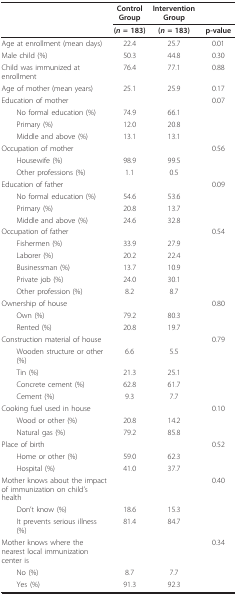
<table><thead><tr><td></td><td><b>Control Group</b></td><td><b>Intervention Group</b></td><td></td></tr><tr><td></td><td><b>(<i>n </i>= 183)</b></td><td><b>(<i>n </i>= 183)</b></td><td><b>p-value</b></td></tr></thead><tbody><tr><td>Age at enrollment (mean days)</td><td>22.4</td><td>25.7</td><td>0.01</td></tr><tr><td>Male child (%)</td><td>50.3</td><td>44.8</td><td>0.30</td></tr><tr><td>Child was immunized at enrollment</td><td>76.4</td><td>77.1</td><td>0.88</td></tr><tr><td>Age of mother (mean years)</td><td>25.1</td><td>25.9</td><td>0.17</td></tr><tr><td>Education of mother</td><td></td><td></td><td>0.07</td></tr><tr><td> No formal education (%)</td><td>74.9</td><td>66.1</td><td></td></tr><tr><td> Primary (%)</td><td>12.0</td><td>20.8</td><td></td></tr><tr><td> Middle and above (%)</td><td>13.1</td><td>13.1</td><td></td></tr><tr><td>Occupation of mother</td><td></td><td></td><td>0.56</td></tr><tr><td> Housewife (%)</td><td>98.9</td><td>99.5</td><td></td></tr><tr><td> Other professions (%)</td><td>1.1</td><td>0.5</td><td></td></tr><tr><td>Education of father</td><td></td><td></td><td>0.09</td></tr><tr><td> No formal education (%)</td><td>54.6</td><td>53.6</td><td></td></tr><tr><td> Primary (%)</td><td>20.8</td><td>13.7</td><td></td></tr><tr><td> Middle and above (%)</td><td>24.6</td><td>32.8</td><td></td></tr><tr><td>Occupation of father</td><td></td><td></td><td>0.54</td></tr><tr><td> Fishermen (%)</td><td>33.9</td><td>27.9</td><td></td></tr><tr><td> Laborer (%)</td><td>20.2</td><td>22.4</td><td></td></tr><tr><td> Businessman (%)</td><td>13.7</td><td>10.9</td><td></td></tr><tr><td> Private job (%)</td><td>24.0</td><td>30.1</td><td></td></tr><tr><td> Other profession (%)</td><td>8.2</td><td>8.7</td><td></td></tr><tr><td>Ownership of house</td><td></td><td></td><td>0.80</td></tr><tr><td> Own (%)</td><td>79.2</td><td>80.3</td><td></td></tr><tr><td> Rented (%)</td><td>20.8</td><td>19.7</td><td></td></tr><tr><td>Construction material of house</td><td></td><td></td><td>0.79</td></tr><tr><td> Wooden structure or other (%)</td><td>6.6</td><td>5.5</td><td></td></tr><tr><td> Tin (%)</td><td>21.3</td><td>25.1</td><td></td></tr><tr><td> Concrete cement (%)</td><td>62.8</td><td>61.7</td><td></td></tr><tr><td> Cement (%)</td><td>9.3</td><td>7.7</td><td></td></tr><tr><td>Cooking fuel used in house</td><td></td><td></td><td>0.10</td></tr><tr><td> Wood or other (%)</td><td>20.8</td><td>14.2</td><td></td></tr><tr><td> Natural gas (%)</td><td>79.2</td><td>85.8</td><td></td></tr><tr><td>Place of birth</td><td></td><td></td><td>0.52</td></tr><tr><td> Home or other (%)</td><td>59.0</td><td>62.3</td><td></td></tr><tr><td> Hospital (%)</td><td>41.0</td><td>37.7</td><td></td></tr><tr><td>Mother knows about the impact of immunization on child&#x27;s health</td><td></td><td></td><td>0.40</td></tr><tr><td> Don&#x27;t know (%)</td><td>18.6</td><td>15.3</td><td></td></tr><tr><td> It prevents serious illness (%)</td><td>81.4</td><td>84.7</td><td></td></tr><tr><td>Mother knows where the nearest local immunization center is</td><td></td><td></td><td>0.34</td></tr><tr><td> No (%)</td><td>8.7</td><td>7.7</td><td></td></tr><tr><td> Yes (%)</td><td>91.3</td><td>92.3</td><td></td></tr></tbody></table>